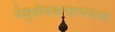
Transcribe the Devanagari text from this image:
वैद्युतीयऋणात्मकता